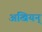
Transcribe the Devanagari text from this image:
अखियन्